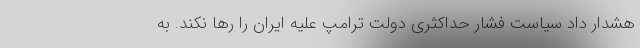
هشدار داد سیاست فشار حداکثری دولت ترامپ علیه ایران را رها نکند. به